Report of the Bombay Veterinary College
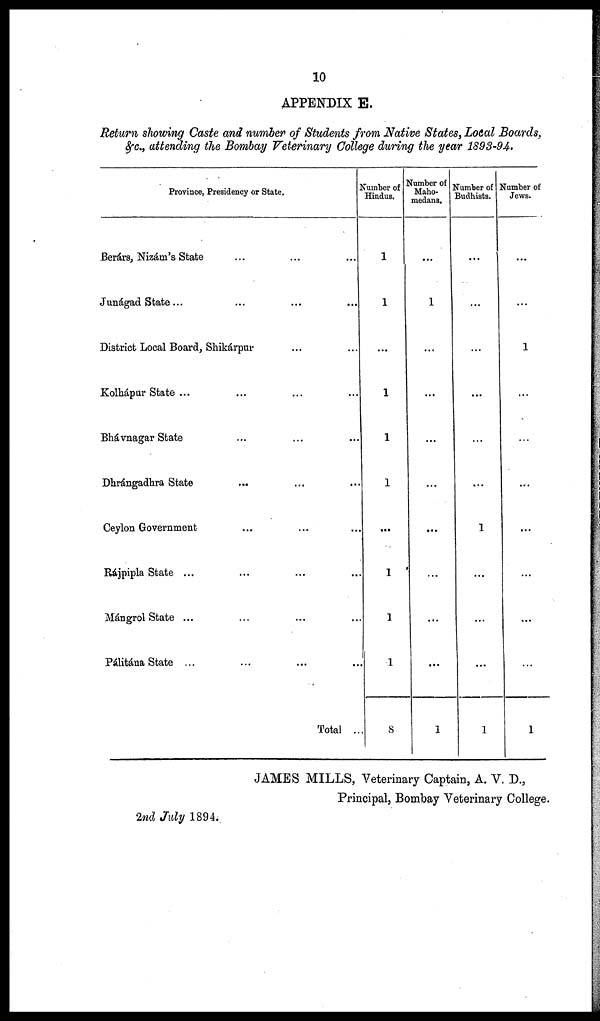
10
APPENDIX E.
Return showing Caste and number of Students from Native States, Local Boards,
&c., attending the Bombay Veterinary College during the year 1893-94.
Province, Presidency or State.
Berárs, Nizám's State
Junágad State...
District Local Board, Shikárpur
Kolhápur State ... ... ...
Bhávnagar State ... ...
Dhrángadhra State
... ...
Ceylon Government
...
...
Rájpipla State ... ... ...
Mángrol State ... ... ...
Pálitána State ... ... ...
Total ...
Number of
Hindus.
1
1
...
1
1
1
...
1
1
1
8
Number of
Maho-
medans.
...
1
...
...
...
...
...
...
...
...
1
Number of
Budhists.
...
...
...
...
...
...
1
...
...
...
1
Number of
Jews.
...
...
1
...
...
...
...
...
...
...
1
JAMES MILLS, Veterinary Captain, A. V. D.,
Principal, Bombay Veterinary College.
2nd July 1894.